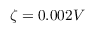
\zeta = 0 . 0 0 2 V